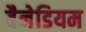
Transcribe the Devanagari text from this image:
बैनेडियम